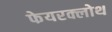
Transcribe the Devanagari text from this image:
फेयरक्लोथ